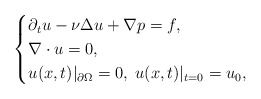
\begin{align*}\begin{cases}\partial_{t}u-\nu\Delta u+\nabla p=f,\\\nabla\cdot u=0,\\u(x,t)|_{\partial\Omega}=0,\;u(x,t)|_{t=0}=u_{0},\end{cases}\end{align*}